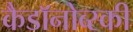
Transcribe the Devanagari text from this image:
कैडाॅनोव्स्की